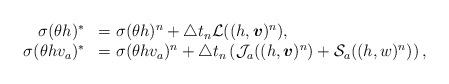
LaTeX: \begin{align*} \begin{array}{rl} \sigma(\theta h)^{*}&=\sigma(\theta h)^n+\triangle t_n{\cal L}((h,\boldsymbol{v})^{n}),\\ \sigma(\theta hv_a)^{*}&=\sigma(\theta hv_a)^{n}+\triangle t_n \left({\cal J}_a((h,\boldsymbol{v})^{n})+{\cal S}_a((h,w)^{n})\right),\\ \end{array}\end{align*}